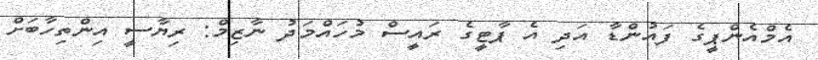
އެމްއެންޕީގެ ފައުންޑާ އަދި އެ ޕާޓީގެ ރައީސް މުހައްމަދު ނާޒިމް: ރިޔާސީ އިންތިހާބަށް